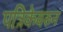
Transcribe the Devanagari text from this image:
पत्रिकेवरुन